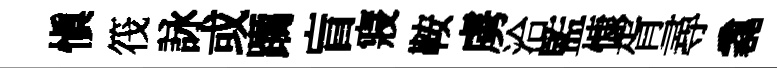
愼筏詠或躪盲寢鞍虜洽監慷胥尋毳